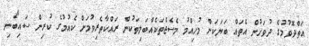
އަތްދޮވުމުގެ ދުވަހުން އެތައް ބަޔަކަށް މުހިއްމު މެސެޖްތަކެއްބަލިތަކުން ރައްކާތެރިވުމަށް ކެއުމުގެ ކުރިން ސައިބޯނި